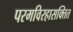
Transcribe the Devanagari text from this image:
परमविरहासक्तित